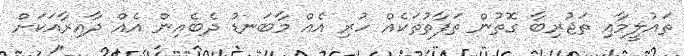
ތައުލީމާއި ތަޖުރިބާ ގޮތުން ތަފާތުތަކެއް ހުރި އެއް މާބަނޑު ދެބެއިން އެއް ދާއިރާއަކަށް